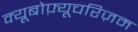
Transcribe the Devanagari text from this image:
क्यूबोफ़्यूचरिज़म